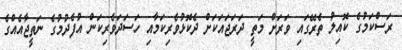
ރަސްކަމުގެ ކޮއިލު ތެރޭގައި ވަރަށް މަތީ ދަރަޖައަކަށް ދެކޮޅުވެރިކަމާއި ހަސަދަވެރިކަން އުފެދުމުގެ ނަތީޖާއެއްގެ